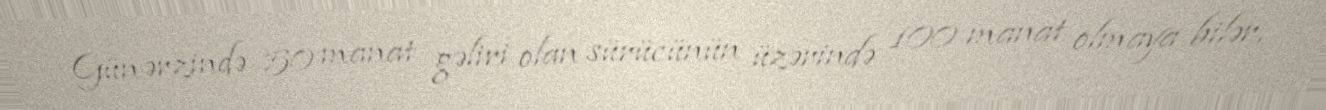
Gün ərzində 50 manat gəliri olan sürücünün üzərində 100 manat olmaya bilər,